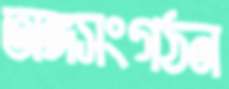
অঙ্গসংগঠন